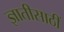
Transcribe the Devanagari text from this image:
ज्ञातीसाठीं